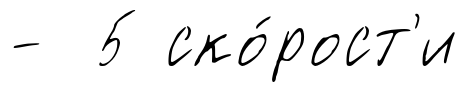
- 5 ско́рост'и